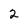
Character: 2